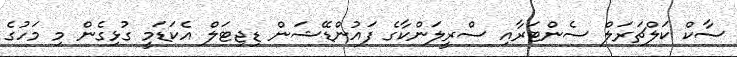
ސާކް ކަލްޗަރަލް ސެންޓަރާއި ސްރީލަންކާގެ ފައުންޑޭޝަން ޑިޖިޓަލް އެކަޑަމީ ގުޅިގެން މި މަހުގެ